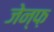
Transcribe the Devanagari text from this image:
जेन्फ़